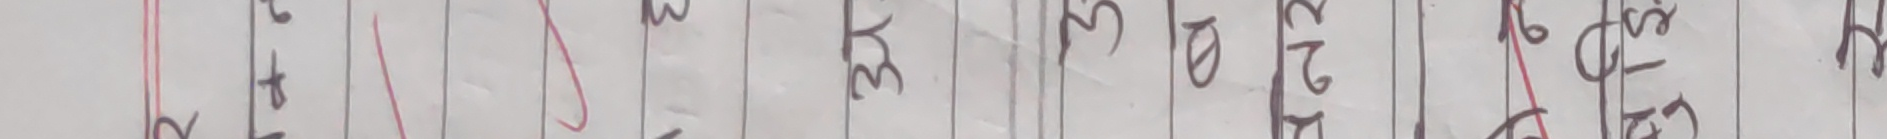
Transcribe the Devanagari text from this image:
३५३६२३२६२७२९३० ऋ